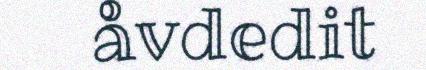
åvdedit